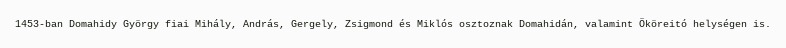
1453-ban Domahidy György fiai Mihály, András, Gergely, Zsigmond és Miklós osztoznak Domahidán, valamint Ököreitó helységen is.